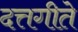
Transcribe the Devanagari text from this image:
दत्तगीते